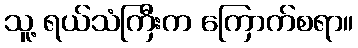
သူ့ ရယ်သံကြီးက ကြောက်စရာ။